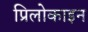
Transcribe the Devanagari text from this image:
प्रिलोकाइन